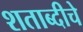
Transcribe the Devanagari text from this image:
शताब्दीचे